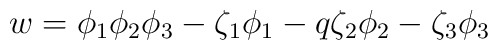
w  =  \phi_1 \phi_2 \phi_3 - \zeta_1 \phi_1 - q \zeta_2 \phi_2 - \zeta_3 \phi_3